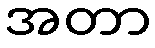
အတာ